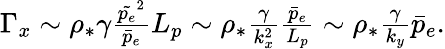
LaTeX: \begin{array}{r}{\Gamma_{x}\sim\rho_{*}\gamma\frac{\tilde{p_{e}}^{2}}{\bar{p}_{e}}L_{p}\sim\rho_{*}\frac{\gamma}{k_{x}^{2}}\frac{\bar{p}_{e}}{L_{p}}\sim\rho_{*}\frac{\gamma}{k_{y}}\bar{p}_{e}.}\end{array}